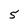
Character: 5